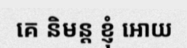
គេ និមន្ត ខ្ញុំ អោយ